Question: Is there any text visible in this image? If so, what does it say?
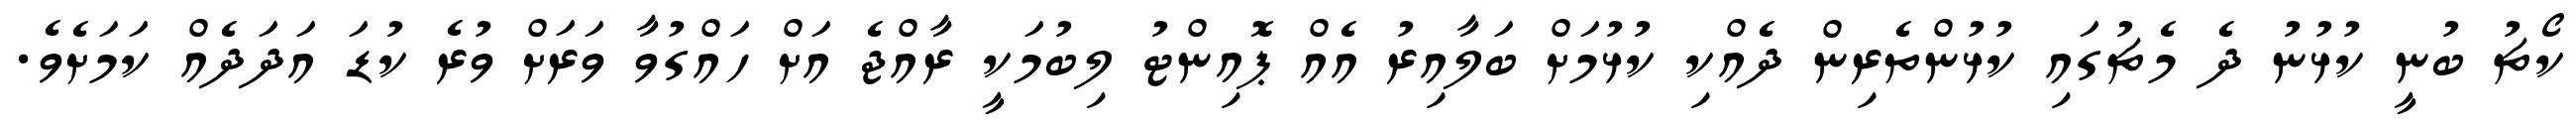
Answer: ކޯޗު ބުނީ ކުޅުނު ދެ މެޗުގައި ކުޅުންތެރިން ދެއްކި ކުޅުމަށް ބަލާއިރު އެއް ޕޮއިންޓު ލިބުމަކީ ރާއްޖެ އަށް ހައްގުވާ ވަރަށް ވުރެ ކުޑަ އަދަދެއް ކަމަށެވެ.